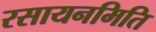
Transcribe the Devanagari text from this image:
रसायनमिति